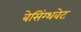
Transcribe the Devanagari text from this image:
बेसिंग्थवेट